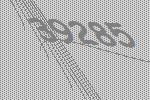
39285